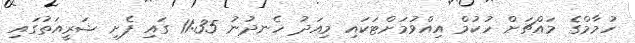
ހުމާމްގެ މައްޗަށް ހުކުމް އިއްވުމަށްޓަކައި މިއަދު ހެނދުނު 11:35 ގައި ފެށި ޝަރީއަތުގައި